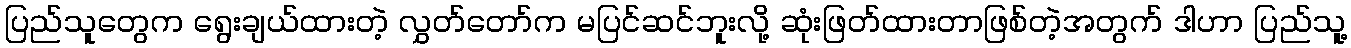
ပြည်သူတွေက ရွေးချယ်ထားတဲ့ လွှတ်တော်က မပြင်ဆင်ဘူးလို့ ဆုံးဖြတ်ထားတာဖြစ်တဲ့အတွက် ဒါဟာ ပြည်သူ့